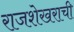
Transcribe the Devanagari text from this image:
राजशेखराची